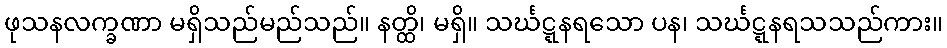
ဖုသနလက္ခဏာ မရှိသည်မည်သည်။ နတ္ထိ၊ မရှိ။ သင်္ဃဋ္ဋနရသော ပန၊ သင်္ဃဋ္ဋနရသသည်ကား။